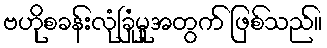
ဗဟိုစခန်းလုံခြုံမှုအတွက် ဖြစ်သည်။